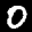
Label: 0